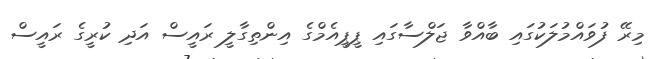
މިރޭ ފުވައްމުލަކުގައި ބާއްވާ ޖަލްސާގައި ޕީޕީއެމްގެ އިންތިގާލީ ރައީސް އަދި ކުރީގެ ރައީސް